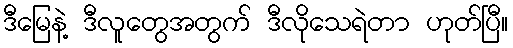
ဒီမြေနဲ့ ဒီလူတွေအတွက် ဒီလိုသေရဲတာ ဟုတ်ပြီ။